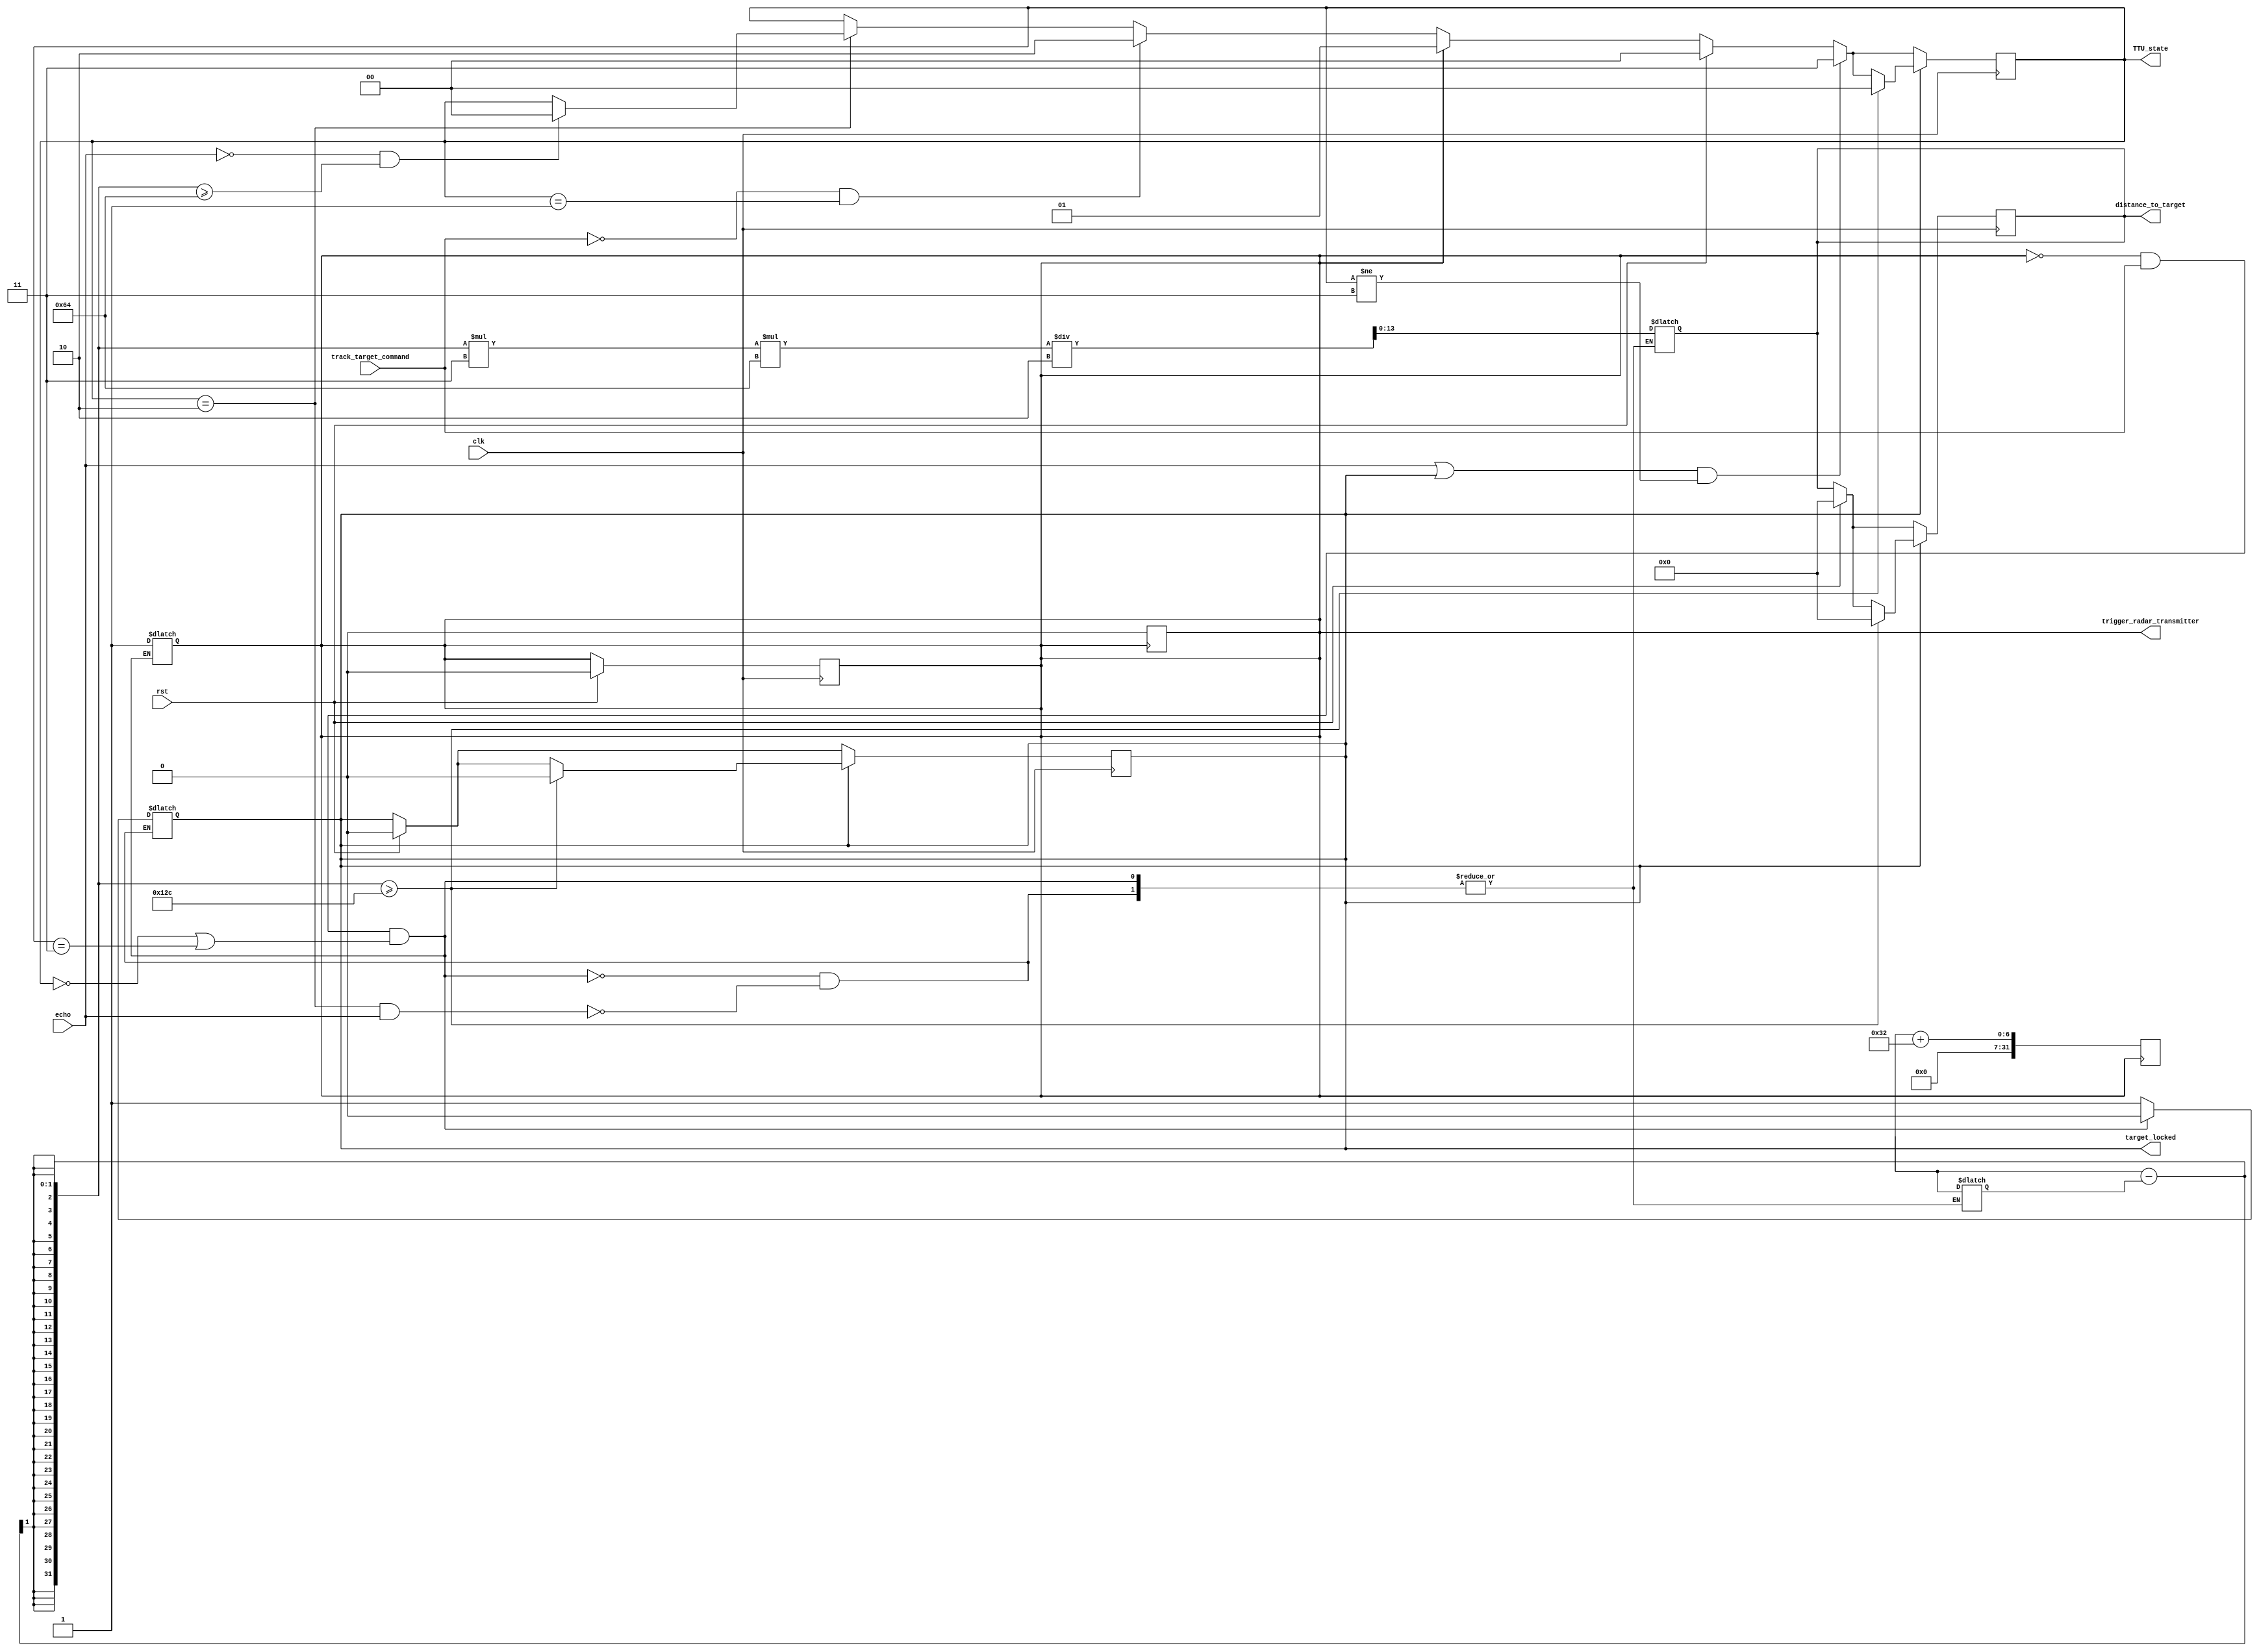
`timescale 1us/1ns

module target_tracking_unit(
    input rst,
    input track_target_command,
    input clk,
    input echo,
    output reg trigger_radar_transmitter,
    output reg [13:0] distance_to_target,
    output reg target_locked,
    output reg [1:0] TTU_state
);

    reg[31:0] temp_time = 32'd0;

    //Calculates target to distance immediately or changes trigger_radar_transmitter to HIGH.
    always @(track_target_command or echo)begin
        if(trigger_radar_transmitter != 1'b1 && track_target_command == 1'b1 && (TTU_state == 2'b00 | TTU_state == 2'b11))begin
            trigger_radar_transmitter <= 1'b1;
            target_locked <= 1'b0;
        end
        else if(TTU_state == 2'b10 && echo == 1'b1)begin
            distance_to_target <= (($stime - temp_time)*3*100)/2;
            target_locked <= 1'b1;
            temp_time <= $stime;
        end
    end

    //Sets the ending time of the radar_transmitter signal so it can go to listen_for_echo state.
    always @ (posedge trigger_radar_transmitter)begin
        trigger_radar_transmitter <= #50 1'b0;
        temp_time <= $stime + 50;
    end
    //Handles everything that happens at posedge of the clock tick.
    always @(posedge clk)begin
        // resets everything 
        if (rst)begin 
            trigger_radar_transmitter<= 0;
            target_locked <=0;
            distance_to_target <= 0;
            TTU_state <= 2'b00;
        end

        // changes state to TRANSMIT
        else if(trigger_radar_transmitter == 1'b1)begin
            TTU_state <= 2'b01;
        end
        //changes state to Listen_For_Echo
        else if(track_target_command == 1'b0 && TTU_state == 2'b01)
            TTU_state <= 2'b10;
        // if echo input doesn't come within 100 seconds then changes state to IDLE
        else if(TTU_state == 2'b10)begin
            if(echo == 1'b0 && $stime - temp_time >= 100)begin
                TTU_state <= 2'b00;
            end
        end
        //sets state to TRACK
        if((echo == 1'b1 || target_locked == 1'b1) && TTU_state != 2'b11)begin
            TTU_state <= 2'b11;
        end

        //Calculates the ending time of target_locked and distance_to_target signals.
        if(target_locked == 1'b1)begin
            if($stime - temp_time >= 300)begin
                target_locked <= 1'b0;
                distance_to_target <= 0;
                TTU_state <= 2'b00;
            end
        end
    end

endmodule